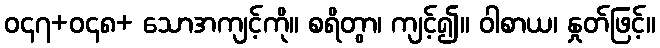
ဝ၄၇+ဝ၄၈+ သောအကျင့်ကို။ စရိတွာ၊ ကျင့်၍။ ဝါစာယ၊ နှုတ်ဖြင့်။